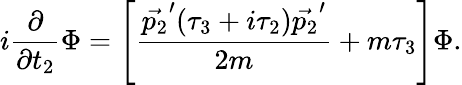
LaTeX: i\frac{\partial}{\partial t_{2}}\Phi=\left[\frac{\vec{p_{2}}^{\prime}(\tau_{3}+i\tau_{2})\vec{p_{2}}^{\prime}}{2m}+m\tau_{3}\right]\Phi.